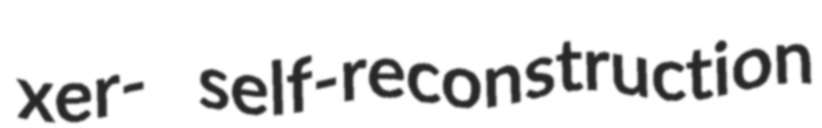
xer- self-reconstruction